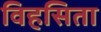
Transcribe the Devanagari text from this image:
विहसिता